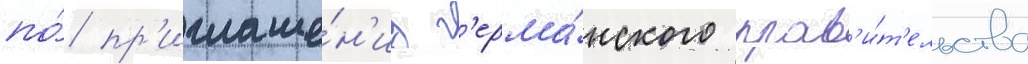
по́ пр'иглаше́н'иу г'ерма́нского прав'и́т'ельства